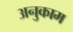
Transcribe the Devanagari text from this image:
अनुकाम